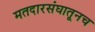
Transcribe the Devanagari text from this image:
मतदारसंघातूनच